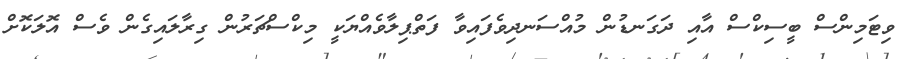
ވިޓަމިންސް ބީސިކްސް އާއި ދަގަނޑުން މުއްސަނދިވެފައިވާ ފަތްޕިލާވެއްޔަކީ މިކްސްޗަރުން ގިރާލައިގެން ވެސް އޮލަކޮށް